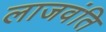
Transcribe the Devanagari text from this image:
लाजवंति